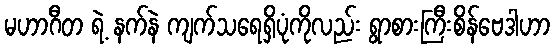
မဟာဂီတ ရဲ့ နက်နဲ ကျက်သရေရှိပုံကိုလည်း ရွာစားကြီးစိန်ဗေဒါဟာ